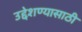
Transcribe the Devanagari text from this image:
उद्देशण्यासाठी